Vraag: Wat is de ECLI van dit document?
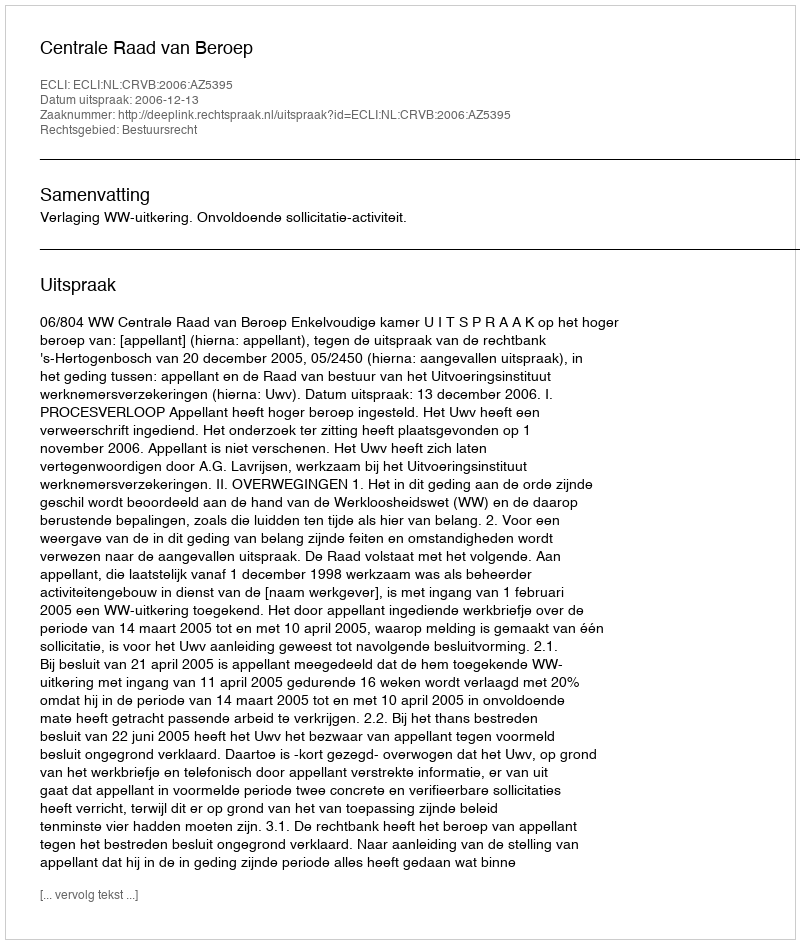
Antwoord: ECLI:NL:CRVB:2006:AZ5395